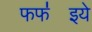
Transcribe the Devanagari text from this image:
फफ॑इये